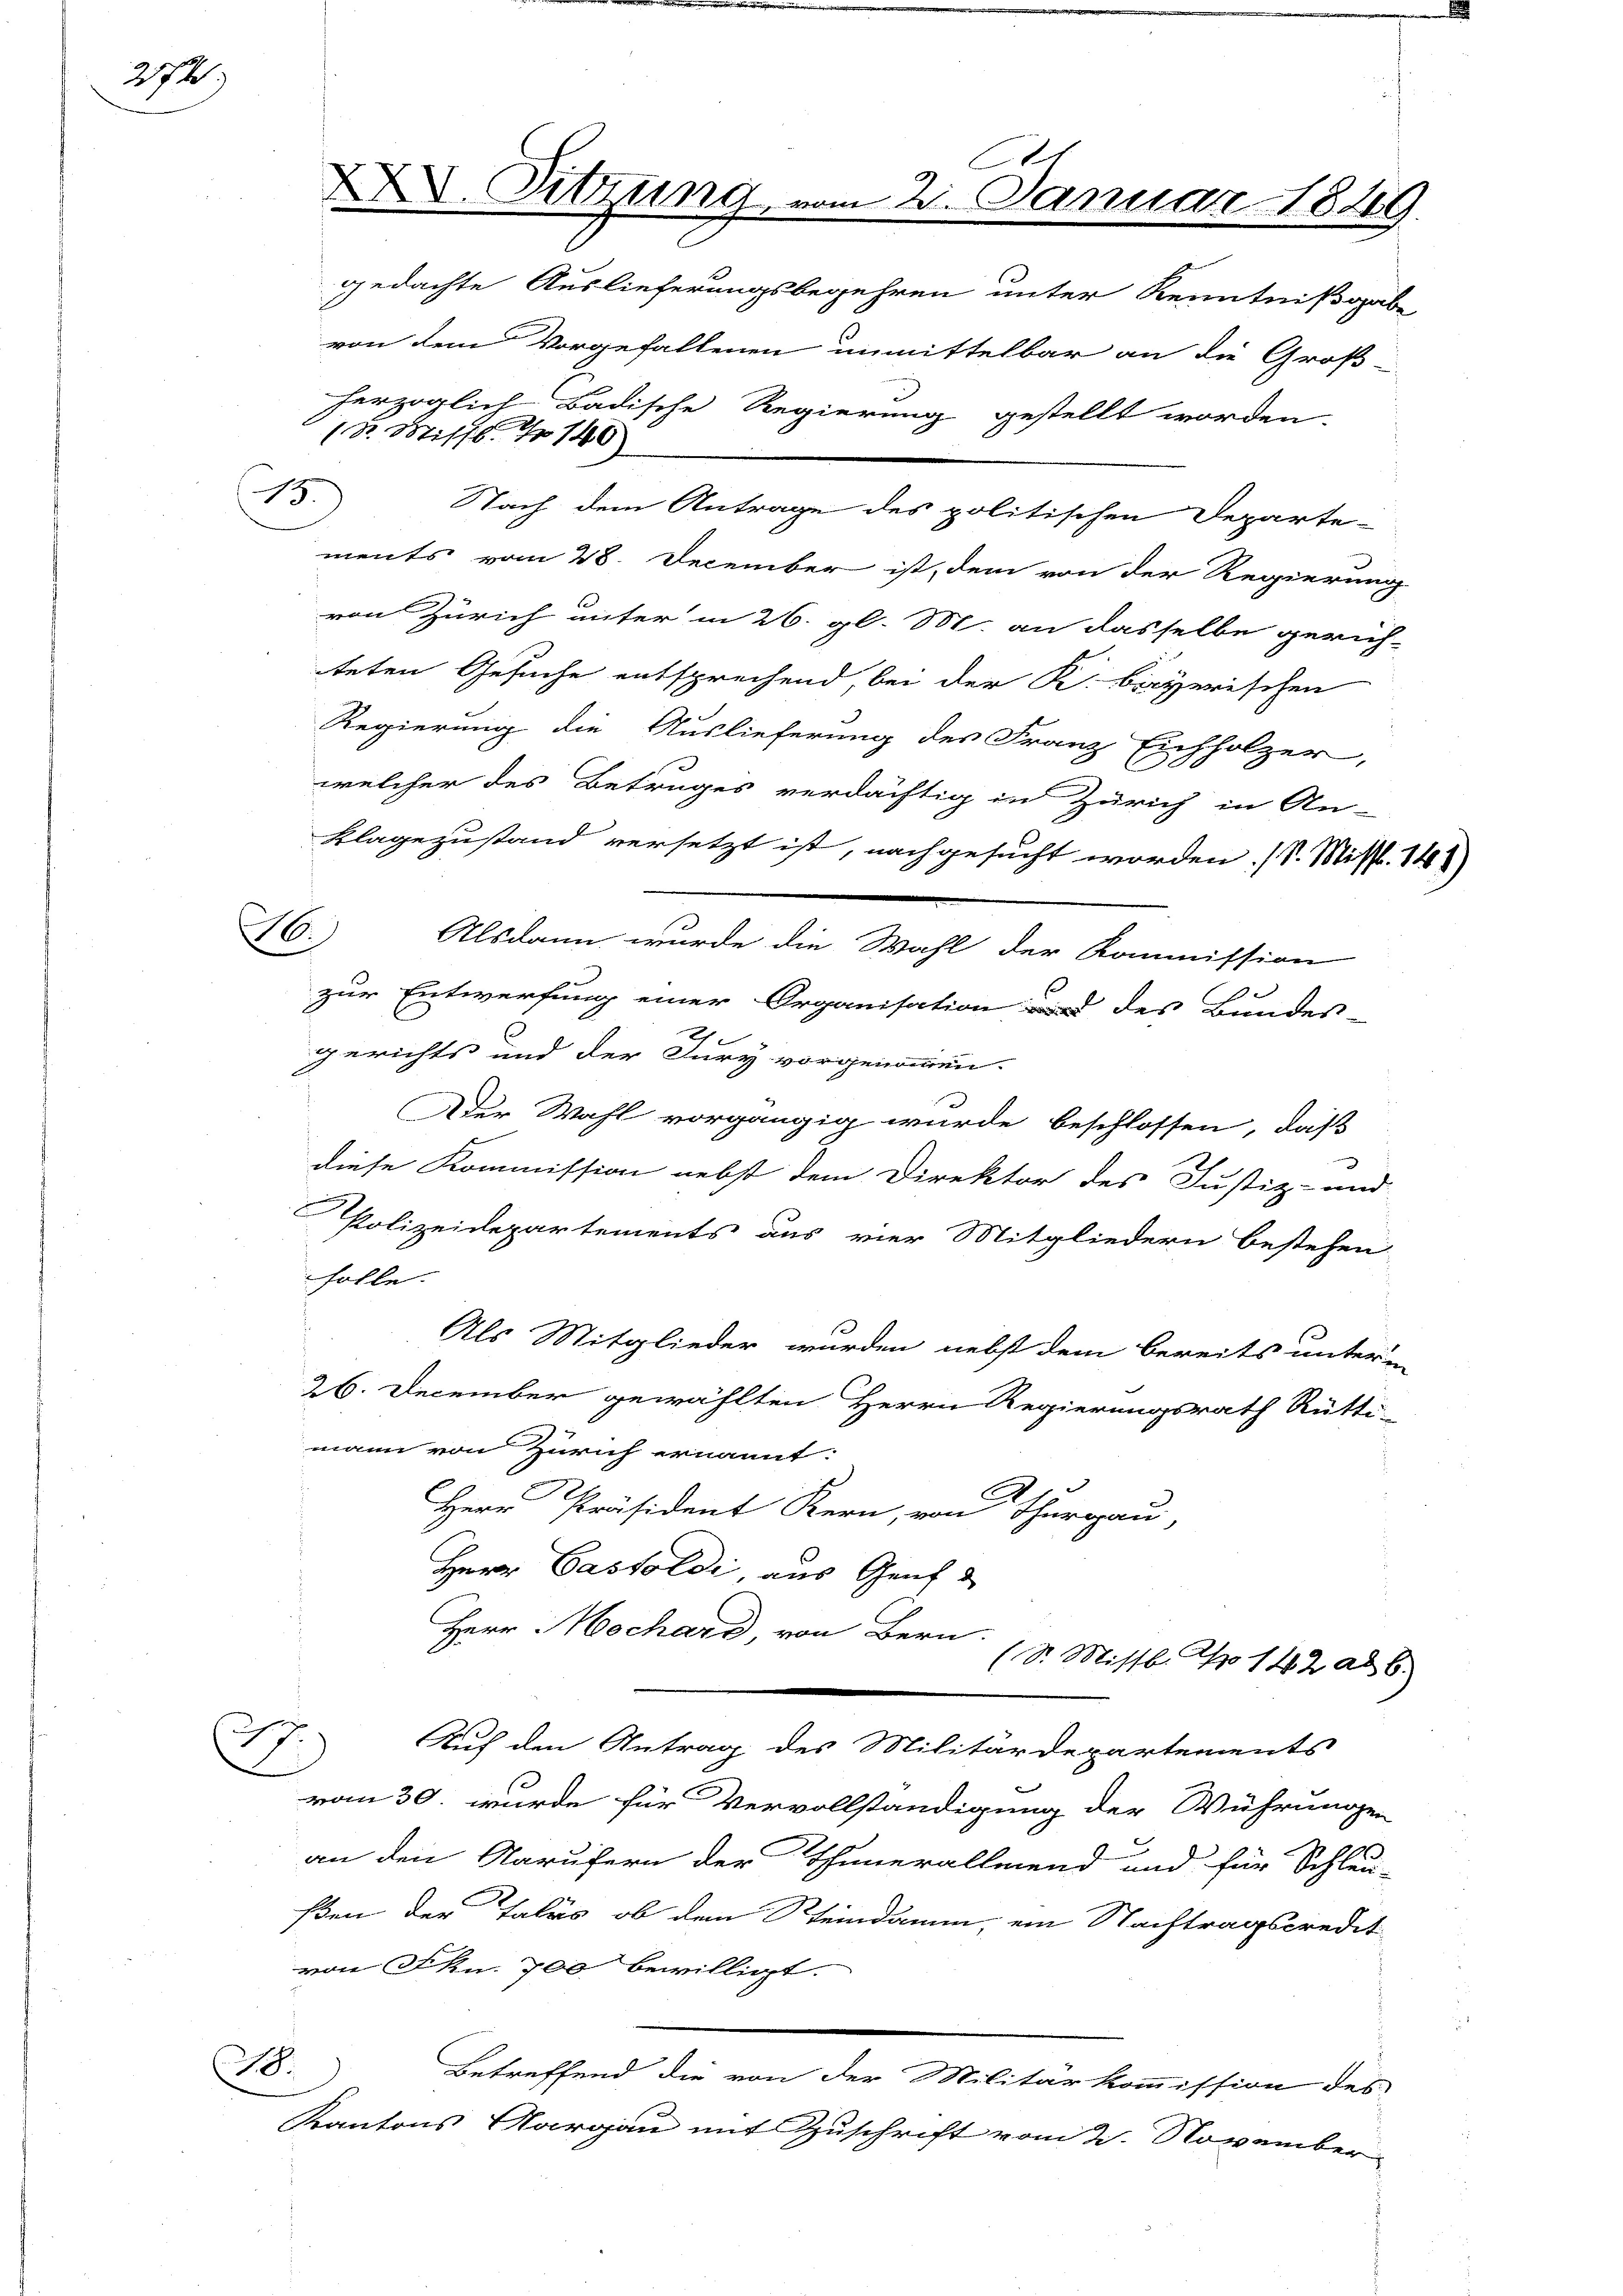
272)

1.

gedachte Auslieferungsbegehren unter Kenntnißgabe
von dem Vorgefallenen unmittelbar an die Groß
Nach dem Antrage des politischen Departe-
ments vom 28. December ist, dem von der Regierung
von Zürich unter in 26. gl. M. an dasselbe gerich-
teten Gesuche entsprechend, bei der K. bayerischen
Regierung die Auslieferung des Franz Eichholzer,
welcher des Betrages verdächtig in Zürich in An-
Klagezustand versetzt ist, nachgesucht worden. (S. Misst. 14
x
zur Entwerfung einer Organisation des Bundes-
gerichts und der Jury vorgenommen.
Der Wahl vorgängig wurde beschlossen, daß
diese Kommission nebst dem Direktor des Justiz- und
Polizeidepartements aus vier Mitgliedern bestehen
solle.
Als Mitglieder wurden nebst dem bereits unterm
26. December gewählten Herrn Regierungsrath Rütti-
mann von Zürich ernannt:
Herr Präsident Kern, von Thurgau,
Herr Cassoldi aus Genf
Herr Mechard, von Bern (2. Missb. S. 142 ad 6.
E
Auf den Antrag des Militärdepartements
vom 30. wurde für Vervollständigung der Wührungen
an den Narufern der Thunerallmend und für Schleu-
ßen der Tales ob den Steindamm, ein Nachtragscredit
von Skn. 700 bewilligt.
28.
Betreffend die von der Militärkommission des
Kantons Aargau mit Zuschrift vom 2. November

XXV. Sitzung, in

15.

herzoglich Badische Regierung gestellt worden.
18. Stifft. No 140

Alsdann wurde die Wahl der Kommission

o
2. Januar 1828